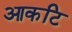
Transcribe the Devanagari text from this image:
आकटि